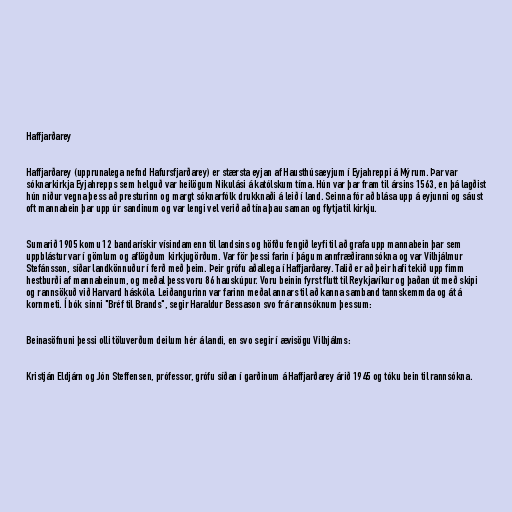
Haffjarðarey

Haffjarðarey (upprunalega nefnd Hafursfjarðarey) er stærsta eyjan af Hausthúsaeyjum í Eyjahreppi á Mýrum. Þar var
sóknarkirkja Eyjahrepps sem helguð var heilögum Nikulási á katólskum tíma. Hún var þar fram til ársins 1563, en þá lagðist
hún niður vegna þess að presturinn og margt sóknarfólk drukknaði á leið í land. Seinna fór að blása upp á eyjunni og sáust
oft mannabein þar upp úr sandinum og var lengi vel verið að tína þau saman og flytja til kirkju.

Sumarið 1905 komu 12 bandarískir vísindamenn til landsins og höfðu fengið leyfi til að grafa upp mannabein þar sem
uppblástur var í gömlum og aflögðum kirkjugörðum. Var för þessi farin í þágu mannfræðirannsókna og var Vilhjálmur
Stefánsson, síðar landkönnuður í ferð með þeim. Þeir grófu aðallega í Haffjarðarey. Talið er að þeir hafi tekið upp fimm
hestburði af mannabeinum, og meðal þess voru 86 hauskúpur. Voru beinin fyrst flutt til Reykjavíkur og þaðan út með skipi
og rannsökuð við Harvard háskóla. Leiðangurinn var farinn meðal annars til að kanna samband tannskemmda og át á
kornmeti. Í bók sinni "Bréf til Brands", segir Haraldur Bessason svo frá rannsóknum þessum:

Beinasöfnuni þessi olli töluverðum deilum hér á landi, en svo segir í ævisögu Vilhjálms:

Kristján Eldjárn og Jón Steffensen, prófessor, grófu síðan í garðinum á Haffjarðarey árið 1945 og tóku bein til rannsókna.